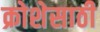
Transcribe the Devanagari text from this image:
क्रोशेसाठी